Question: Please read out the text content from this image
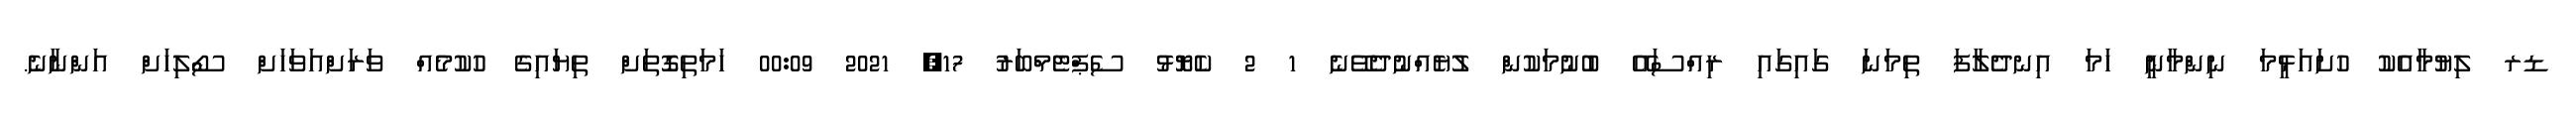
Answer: ޑރ ލިޔުމާއެކު ހުށައަޅީމަ ނިންމާނީ ހަމަ އިނދެލާފަ ތިމަނަ ގައިގައި ރިއްސައޭ ބުނުމަކުން ލުޔެއްނުދެވޭނެ 1 2 ކެޔޮޅު ސެޕްޓެމްބަރު 17, 2021 00:09 ހަމަތިގޮތަށް ތިޔައިގެ ހުކުމެއް ވަރަށްއަވަހަށް ސޯލިހަށް އަންނާނެ.